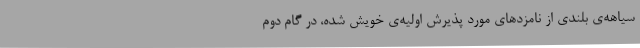
سیاهه‌ی بلندی از نامزد‌های مورد پذیرش اولیه‌ی خویش شده، در گام دوم